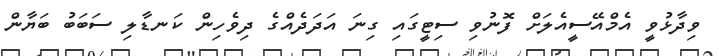
ވިދާޅުވީ އެމްއޭސީއެލަށް ފޮނުވި ސިޓީގައި ގިނަ އަދަދެއްގެ ދިވެހިން ކަނޑާލި ސަބަބު ބަޔާން